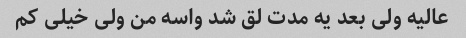
عالیه ولی بعد یه مدت لق شد واسه من ولی خیلی کم